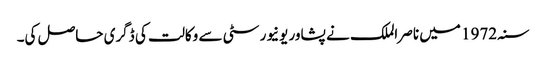
سنہ 1972 میں ناصر الملک نے پشاور یونیورسٹی سے وکالت کی ڈگری حاصل کی۔